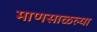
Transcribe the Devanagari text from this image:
माणसाळल्या